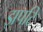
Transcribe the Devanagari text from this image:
झपटि